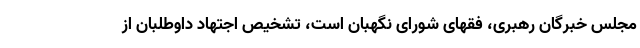
مجلس خبرگان رهبری، فقهای شورای نگهبان است، تشخیص اجتهاد داوطلبان از